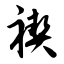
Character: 禊